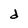
Character: d